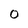
Character: 0